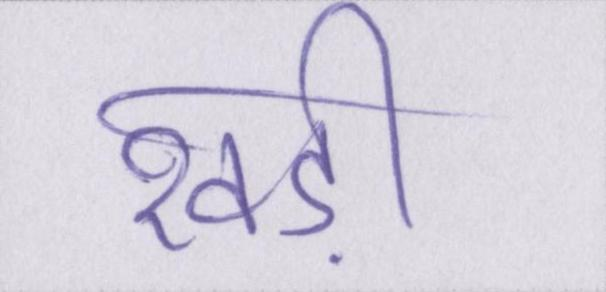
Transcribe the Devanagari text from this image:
खड़ी